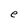
Character: e